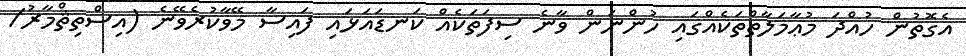
އެގޮތުން ހުއްދަ މުޢާމަލާތްތަކެއްގައި ހުންނަން ވާނެ ސިފަތަކެއް ކަނޑައަޅައި ފައިސާ މޭވާކުރެވޭނެ (އިސްތިޘްމާރު/